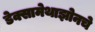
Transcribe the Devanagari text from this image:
डेक्सामेथाझोनचे